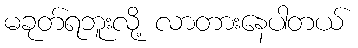
မခုတ်ရဘူးလို့ လာတားနေပါတယ်